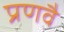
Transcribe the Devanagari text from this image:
प्रणवै